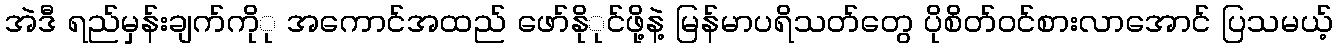
အဲဒီ ရည်မှန်းချက်ကိုု အကောင်အထည် ဖော်နိုုင်ဖို့နဲ့ မြန်မာပရိသတ်တွေ ပိုစိတ်ဝင်စားလာအောင် ပြသမယ့်